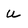
Character: U